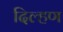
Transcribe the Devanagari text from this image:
दिल्हण